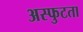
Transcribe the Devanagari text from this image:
अस्फुटता